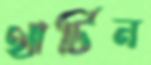
থার্টিন